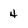
Character: 4